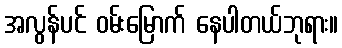
အလွန်ပင် ဝမ်းမြောက် နေပါတယ်ဘုရား။